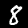
Label: 8